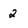
Character: 2